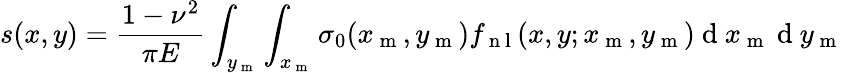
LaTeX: s(x,y)=\frac{1-\nu^{2}}{\pi E}\int_{y_{\mathrm{~m~}}}\int_{x_{\mathrm{~m~}}}{\sigma_{0}(x_{\mathrm{~m~}},y_{\mathrm{~m~}})}f_{\mathrm{~n~l~}}(x,y;x_{\mathrm{~m~}},y_{\mathrm{~m~}})\mathrm{~d~}x_{\mathrm{~m~}}\mathrm{~d~}y_{\mathrm{~m~}}